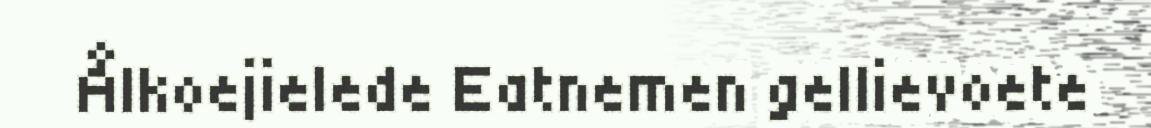
Ålkoejielede Eatnemen gellievoete